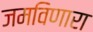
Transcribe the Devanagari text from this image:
जमविणारा